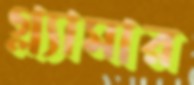
গ্ল্যামার